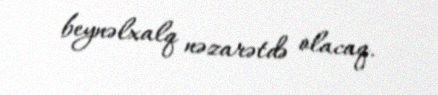
beynəlxalq nəzarətdə olacaq.